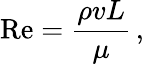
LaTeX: \mathrm{Re}={\frac{\rho vL}{\mu}}\, ,